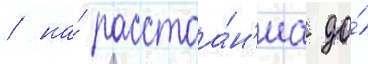
/ на́ расстоа́н'иа до́